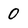
Character: 0